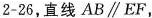
2-26，直线AB\parallel EF，